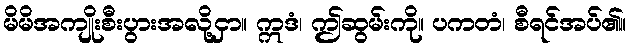
မိမိအကျိုးစီးပွားအလို့ငှာ။ ဣဒံ၊ ဤဆွမ်းကို။ ပကတံ၊ စီရင်အပ်၏။